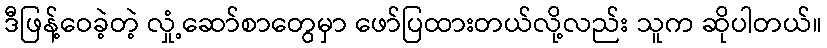
ဒီဖြန့်ဝေခဲ့တဲ့ လှုံ့ဆော်စာတွေမှာ ဖော်ပြထားတယ်လို့လည်း သူက ဆိုပါတယ်။